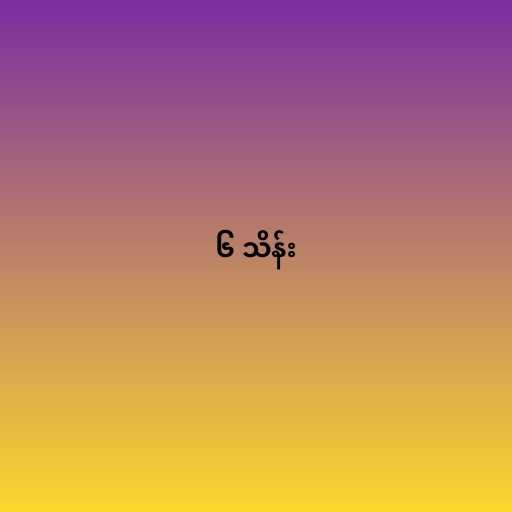
၆ သိန်း